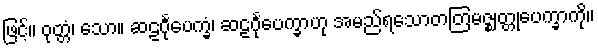
ဖြင့်။ ဝုတ္တံ၊ သော။ ဆဠင်္ဂုပေက္ခံ၊ ဆဠင်္ဂုပေက္ခာဟု အမည်ရသောတတြမဇ္ဈတ္တုပေက္ခာကို။